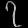
Digit: ၇